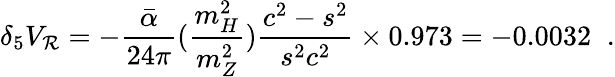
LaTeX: \delta_{5}V_{\mathcal{R}}=-\frac{{\bar{{\alpha}}}}{{24\pi}}(\frac{{m_{H}^{2}}}{{m_{Z}^{2}}})\frac{{c^{2}-s^{2}}}{{s^{2}c^{2}}}\times0.973=-0.0032\; \; .